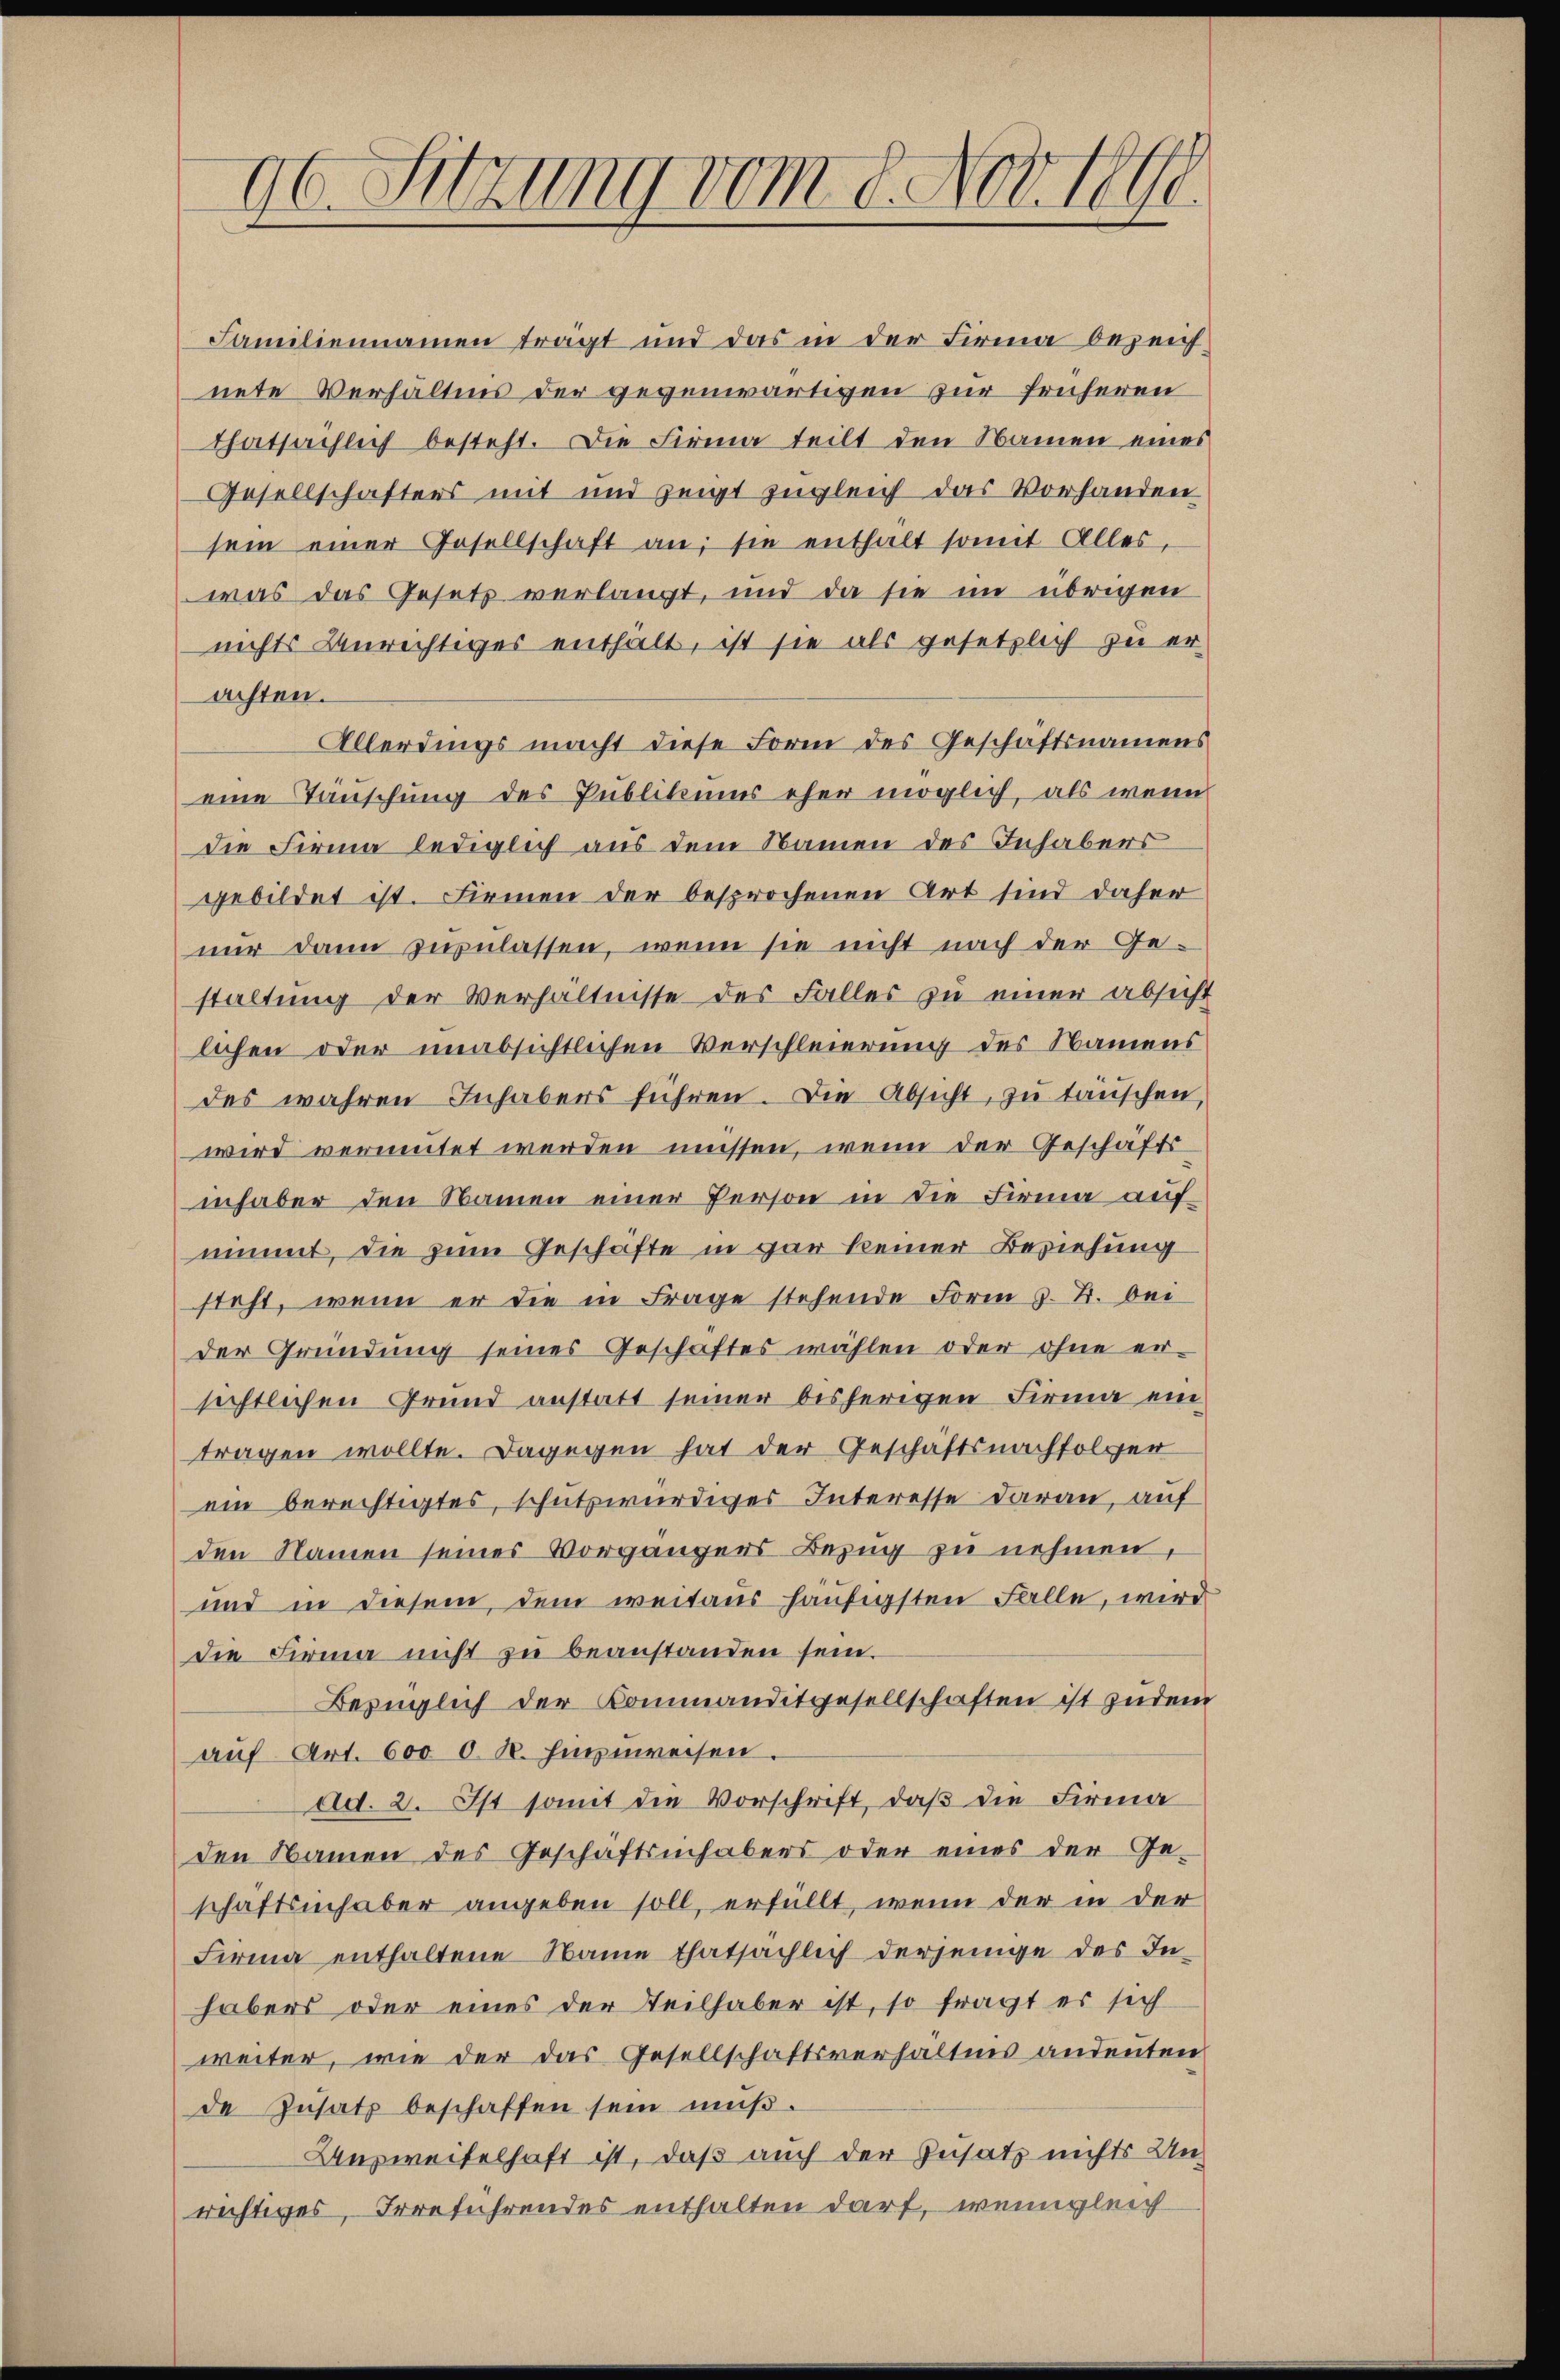
96. Sitzung vom 8. Nov. 1890.

Familiennamen trägt und das in der Firma bezeich-
nete Verhältnis der gegenwärtigen zur früheren
thatsächlich besteht. Die Firma teilt den Namen eines
Gesellschafters mit und zeigt zugleich das Vorhanden
sein einer Gesellschaft an; sie enthalt somit Alles
was das Gesetz verlangt, und da sie im übrigen
nichts Unrechtiges enthält, ist sie als gesetzlich zu erachten.
Allerdings macht diese Form des Geschaftsnamens
eine Tauschung des Publikums eher möglich, als wenn
die Firma lediglich aus dem Namen des Inhabers
gebildet ist. Firmen der besprochenen Art sind daher
nur dann zuzulassen, wenn sie nicht nach der Ge-
staltung der Verhältnisse des Falles zu einer absicht
lichen oder unabsichtlichen Verschleierung des Namens
des wahren Inhabers führen. Die Absicht, zu täuschen,
wird vermutet werden müssen, wenn der Geschäfts
inhaber den Namen einer Person in die Firma aufnimmt, die zum Geschäfte in gar keiner Beziehung
steht, wenn er die in Frage stehende Form z. B. bei
der Gründung seines Geschäftes wählen oder ohne er-
sichtlichen Grund anstatt seiner bisherigen Firma eintragen wollte. Dagegen hat der Geschäftsnachfolger
ein berechtigtes, schutzwürdiges Interesse daran, auf
den Namen seines Vorgangens Bezug zu nehmen,
und in diesem, dem weitaus häufigsten Falle, wird
die Firma nicht zu beanstanden sein.
Bezüglich der Kommanditgesellschaften ist zudem
auf Art. 600 d. R. hinzuweisen.
ad. 2. Ist somit die Vorschrift, daß die Firma
den Namen des Geschäftsinhabers oder eines der Ge-
schaftsinhaber angeben soll, erfüllt, wenn der in der
Firma enthaltene Name thatsächlich derjenige des Inhabers oder eines der Teilhaber ist, so fragt es sich
weiter, wie der das Gesellschaftsverhältnis andeuten
de Zŭsatz beschaffen sein mŭβ.
Ausweifelhaft ist, daß auch der Zusatz nichts Unrichtiges, Irreführendes enthalten darf, wenngleich